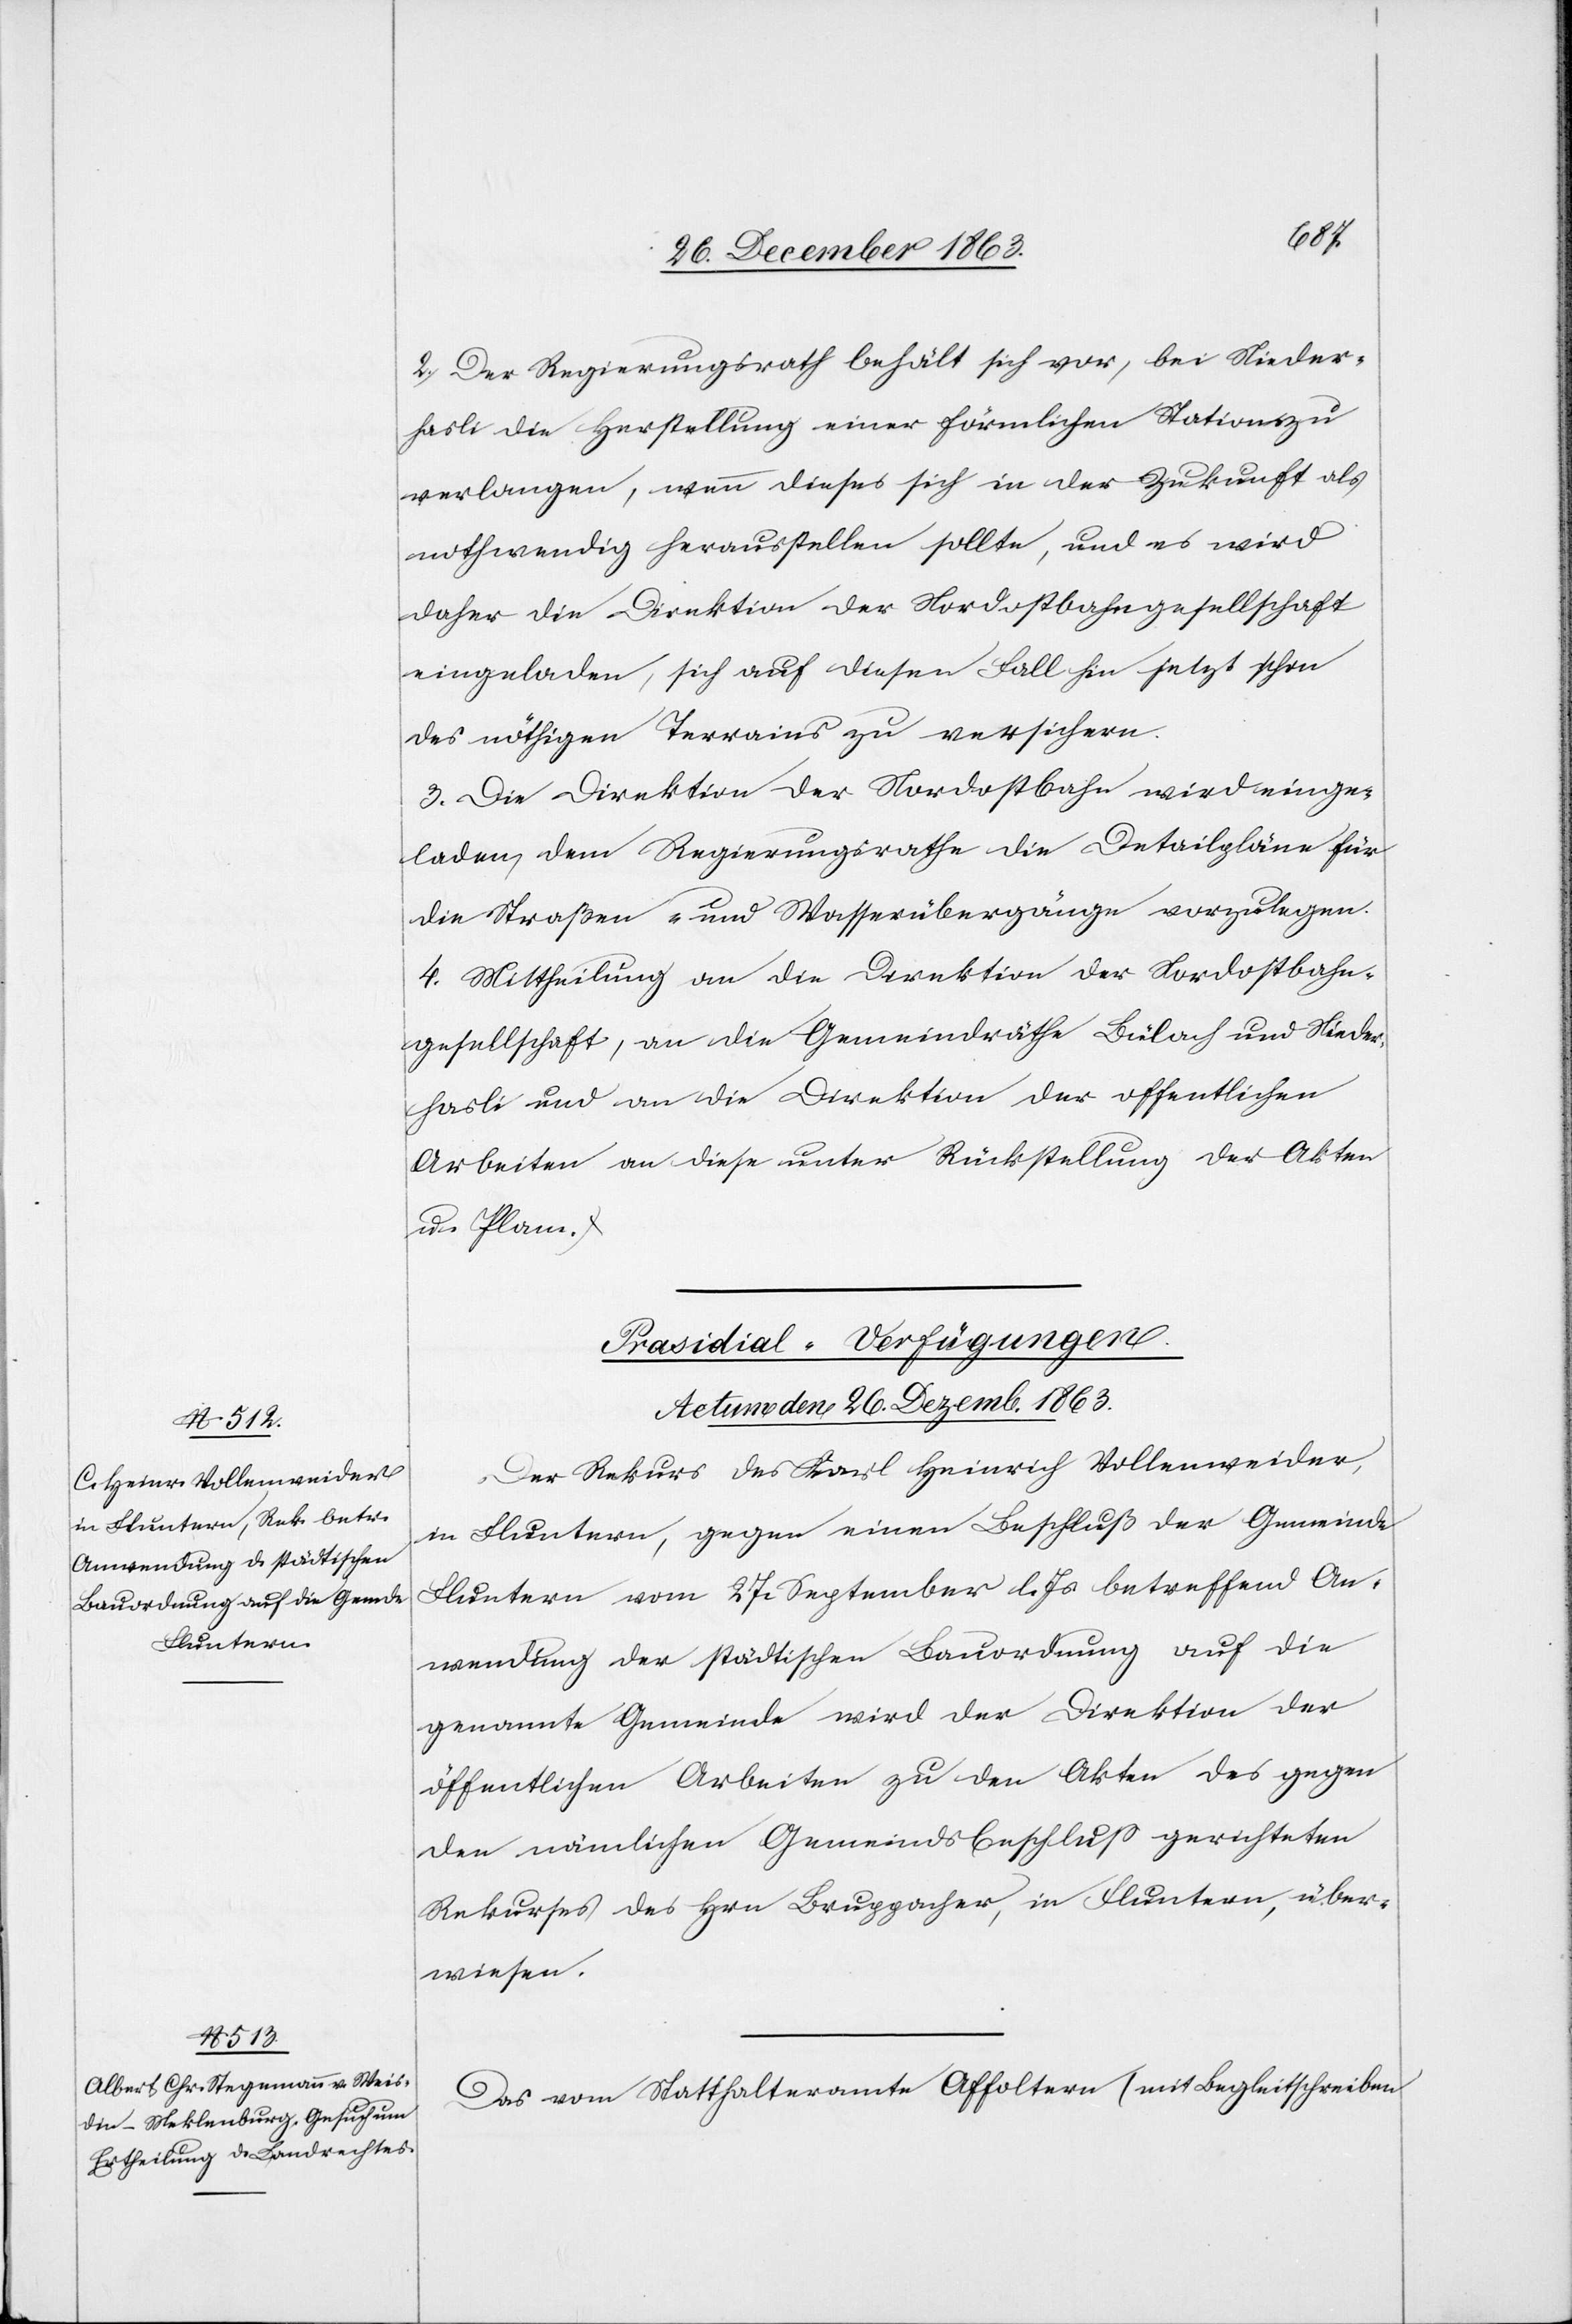
2. Der Regierungsrath behält sich vor, bei Nieder¬
hasli die Herstellung einer förmlichen Station zu
verlangen, wenn dieses sich in der Zukunft als
nothwendig herausstellen sollte, und es wird
daher die Direktion der Nordostbahngesellschaft
eingeladen, sich auf diesen Fall hin jetzt schon
des nöthigen Terrains zu versichern.
3. Die Direktion der Nordostbahn wird einge¬
laden, dem Regierungsrathe die Detailpläne für
die Straßen- und Wasserübergänge vorzulegen.
4. Mittheilung an die Direktion der Nordostbahn¬
gesellschaft, an die Gemeindräthe Bülach und Nieder¬
hasli und an die Direktion der offentlichen
Arbeiten an diese unter Rückstellung der Akten
u. Plane.
[Präsidial-Verfügungen.
Actum den 26. Dezemb. 1863.]
Der Rekurs des Karl Heinrich Vollenweider,
in Fluntern, gegen einen Beschluß der Gemeinde
Fluntern vom 27. September l. Js. betreffend An¬
wendung der städtischen Bauordnung auf die
genannte Gemeinde wird der Direktion der
öffentlichen Arbeiten zu den Akten des gegen
den nämlichen Gemeindsbeschluss gerichteten
Rekurses des Hrn Bruppacher, in Fluntern, über¬
wiesen.
Das vom Statthalteramte Affoltern (mit Begleitschreiben